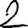
Digit: 2